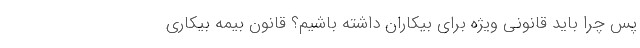
پس چرا باید قانونی ویژه برای بیکاران داشته باشیم؟ قانون بیمه بیکاری